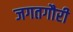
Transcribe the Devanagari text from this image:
जगतगौरी